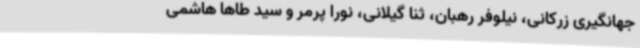
جهانگیری زرکانی، نیلوفر رهبان، ثنا گیلانی، نورا پرمر و سید طاها هاشمی